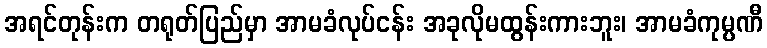
အရင်တုန်းက တရုတ်ပြည်မှာ အာမခံလုပ်ငန်း အခုလိုမထွန်းကားဘူး၊ အာမခံကုမ္ပဏီ